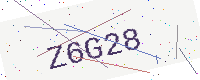
Text: Z6G28